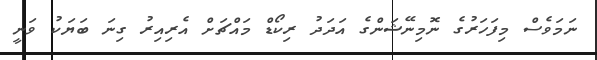
ނަމަވެސް މިފަހަރުގެ ނޮމިނޭޝަންގެ އަދަދު ރިކޯޑް މައްޗަށް އެރިއިރު ގިނަ ބަޔަކު ވަނީ